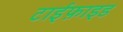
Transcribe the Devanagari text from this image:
टाईफ़ाइड